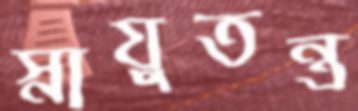
স্নায়ুতন্ত্র